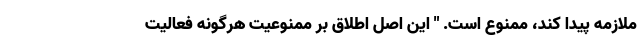
ملازمه پیدا کند، ممنوع است. " این اصل اطلاق بر ممنوعیت هرگونه فعالیت